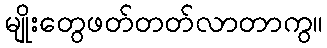
မျိုးတွေဖတ်တတ်လာတာကွ။